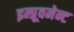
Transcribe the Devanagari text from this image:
इम्प्रूवमेन्ट